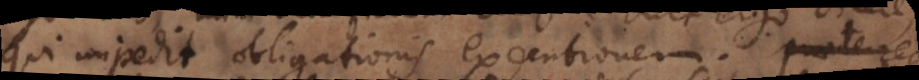
qui impedit obligationis executionem. Praetere